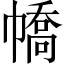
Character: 𢄹